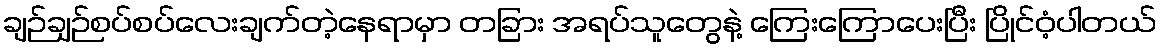
ချဉ်ချဉ်စပ်စပ်လေးချက်တဲ့နေရာမှာ တခြား အရပ်သူတွေနဲ့ ကြေးကြောပေးပြီး ပြိုင်ဝံ့ပါတယ်